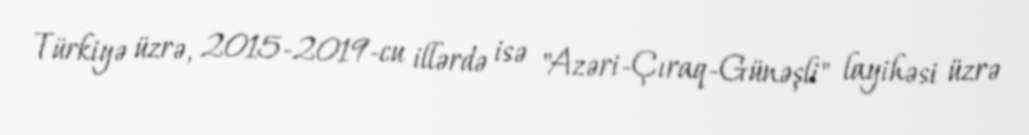
Türkiyə üzrə, 2015-2019-cu illərdə isə "Azəri-Çıraq-Günəşli" layihəsi üzrə